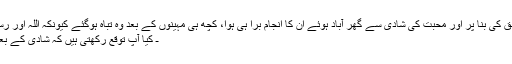
كيونكہ ديكھا گيا ہے جتنے بھى عشق كى بنا پر اور محبت كى شادى سے گھر آباد ہوئے ان كا انجام برا ہى ہوا، كچھ ہى مہينوں كے بعد وہ تباہ ہوگئے كيونكہ اللہ اور رسول كى نافرمانى پر يہ گھر بنا تھا.
ـ كيا آپ توقع ركھتى ہيں كہ شادى كے بعد بھى ايك دوسرے پر اعتماد ہوگا ؟